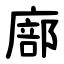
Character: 廍